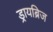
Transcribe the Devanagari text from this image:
ड्रायब्रिज